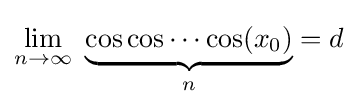
\lim _{n\to \infty }\ \underbrace {\cos \cos \cdots \cos(x_{0})} _{n}=d